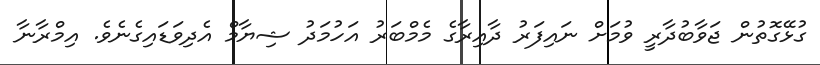
ގުޅޭގޮތުން ޖަވާބުދާރީ ވުމަށް ނައިފަރު ދާއިރާގެ މެމްބަރު އަހުމަދު ޝިޔާމް އެދިވަޑައިގެނެވެ. އިމްރާނާ